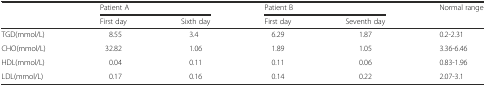
<table><thead><tr><td rowspan="2"></td><td colspan="2"><b>Patient A</b></td><td colspan="2"><b>Patient B</b></td><td><b>Normal range</b></td></tr><tr><td><b>First day</b></td><td><b>Sixth day</b></td><td><b>First day</b></td><td><b>Seventh day</b></td><td></td></tr></thead><tbody><tr><td>TGD(mmol/L)</td><td>8.55</td><td>3.4</td><td>6.29</td><td>1.87</td><td>0.2-2.31</td></tr><tr><td>CHO(mmol/L)</td><td>32.82</td><td>1.06</td><td>1.89</td><td>1.05</td><td>3.36-6.46</td></tr><tr><td>HDL(mmol/L)</td><td>0.04</td><td>0.11</td><td>0.11</td><td>0.06</td><td>0.83-1.96</td></tr><tr><td>LDL(mmol/L)</td><td>0.17</td><td>0.16</td><td>0.14</td><td>0.22</td><td>2.07-3.1</td></tr></tbody></table>